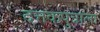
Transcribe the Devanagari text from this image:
दत्तकपुत्राला